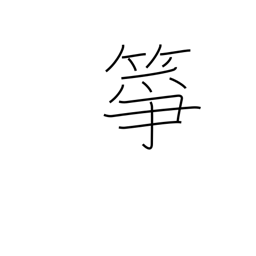
Meaning: a koto